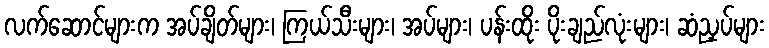
လက်ဆောင်များက အပ်ချိတ်များ၊ ကြယ်သီးများ၊ အပ်များ၊ ပန်းထိုး ပိုးချည်လုံးများ၊ ဆံညှပ်များ